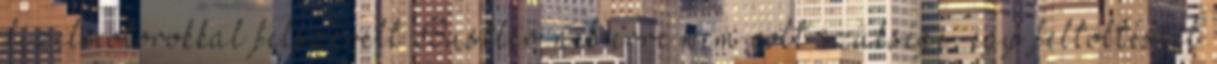
dízelmotorokkal felszerelt Bustler-nek erre nem volt szüksége, egy feltöltéssel